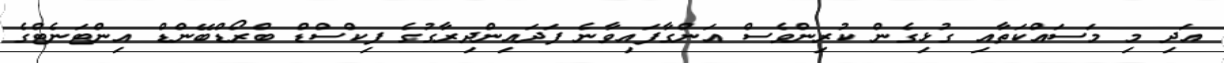
އަދި މި މަސައްކަތާއި ގުޅިގެން ކުރިންވެސް އަންގާފައިވާނެ ފަދައިންދިރާގުގެ ފިކްސްޑް ބްރޯޑްބޭންޑް އިންޓަނެޓްގެ